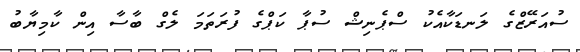
ސުއަރޭޒްގެ ލަނޑަކާއެކު ސްޕެނިޝް ސުޕާ ކަޕްގެ ފުރަތަމަ ލެގް ބާސާ އިން ކާމިޔާބު